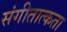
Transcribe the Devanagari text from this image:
संगीतात्कता